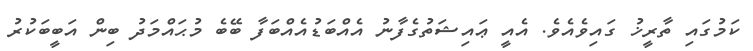
ކަމުގައި ތާރީޚު ގައިވެއެވެ. އެއީ ޢައިޝަތުގެފާނު އެއްބަޑުއެއްބަފާ ބޭބެ މުޙައްމަދު ބިން އަބީބަކުރު